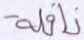
نافلة